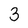
Character: 3